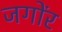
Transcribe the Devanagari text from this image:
जगोंर